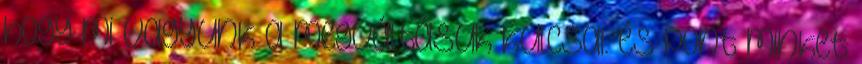
hogy mi vagyunk a megváltásuk kulcsai. és pont minket